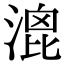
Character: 𣹮